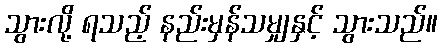
သွားလို့ ရသည့် နည်းမှန်သမျှနှင့် သွားသည်။